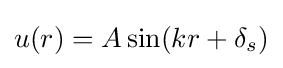
u(r)=A\sin(kr+\delta _{s})